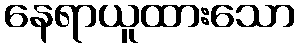
နေရာယူထားသော